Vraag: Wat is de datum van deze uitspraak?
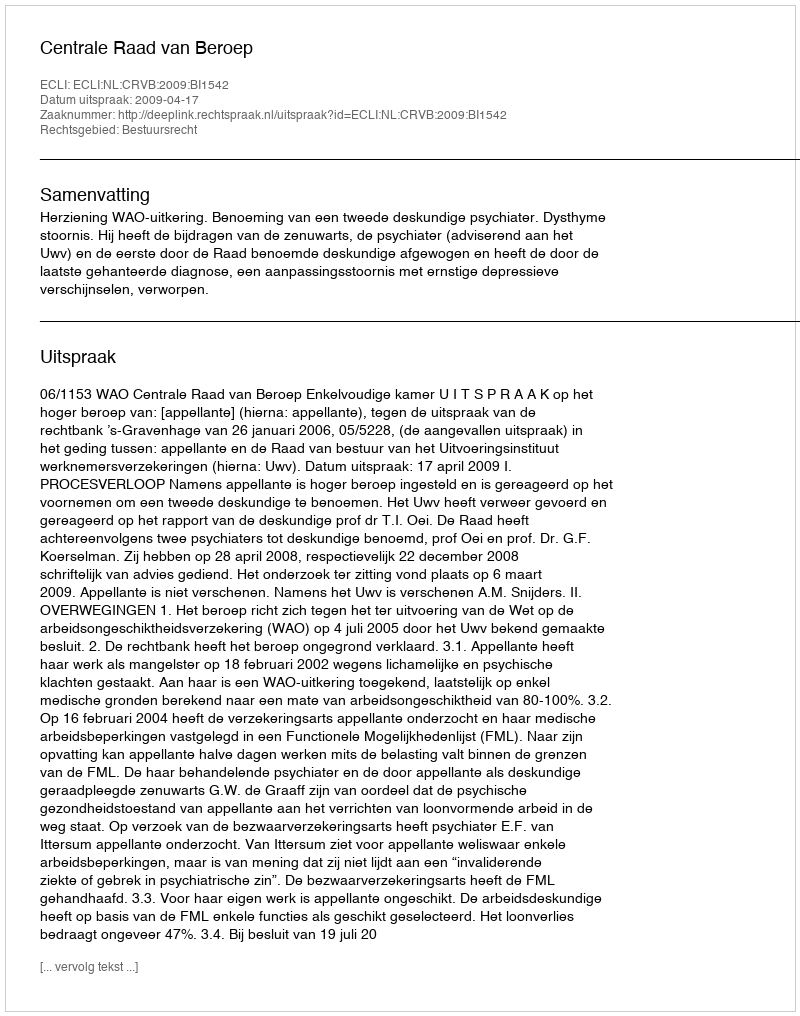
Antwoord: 2009-04-17